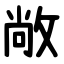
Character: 敞